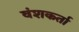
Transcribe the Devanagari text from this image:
वंशकर्ता